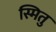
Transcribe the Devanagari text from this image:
स्मितु